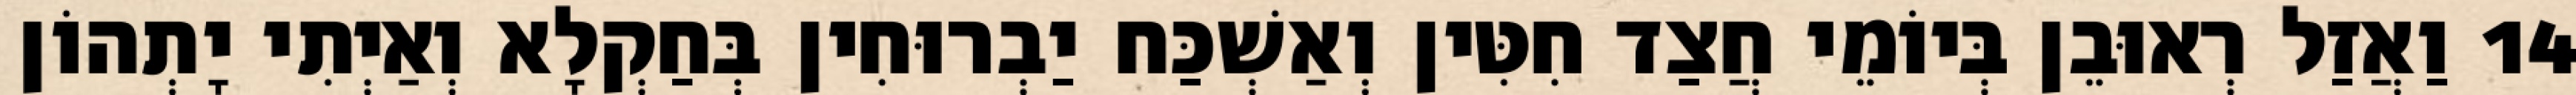
14 וַאֲזַל רְאוּבֵן בְּיוֹמֵי חֲצַד חִטִּין וְאַשְׁכַּח יַבְרוּחִין בְּחַקְלָא וְאַיְתִי יָתְהוֹן